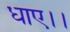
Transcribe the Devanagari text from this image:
धाए।।